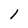
Character: l